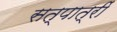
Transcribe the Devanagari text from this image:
सत्पात्रीं